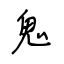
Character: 鬼